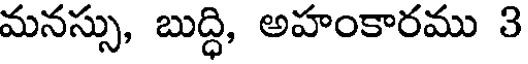
మనస్సు, బుద్ధి, అహంకారము 3